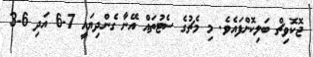
ޖޮކޮވިޗް ބަލިކޮށްފައެވެ. މި މެޗުގެ ސެޓުތައް އޭނާ ގެންދިޔައީ 7-6 އަދި 6-3